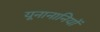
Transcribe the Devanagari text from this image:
यूनानानियों